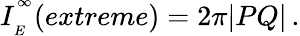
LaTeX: I_{\phantom{}_{E}}^{\phantom{}^{\infty}}(extreme)=2\pi|PQ|\, .